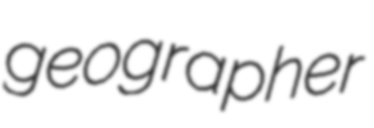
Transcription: geographer